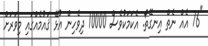
"76 އެއް ނެތް އިނގޭތޯ. އެކަމަކުވެސް 10000 ދިވެހިން އުޅޭ ޤައުމެއްގައި މިވަރަށް